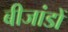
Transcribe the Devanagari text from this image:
बीजांडों